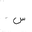
Letter: _sin